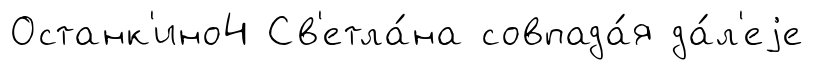
Останк'ино4 Св'етла́на совпада́я да́л'еjе